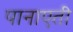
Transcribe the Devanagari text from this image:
पानाएती